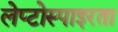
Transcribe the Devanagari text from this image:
लेप्टोस्पाइरता